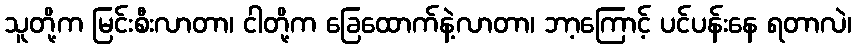
သူတို့က မြင်းစီးလာတာ၊ ငါတို့က ခြေထောက်နဲ့လာတာ၊ ဘာ့ကြောင့် ပင်ပန်းနေ ရတာလဲ၊